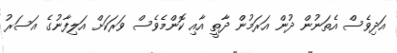
އަދިވެސް އެތަނުން ދުން އަރަމުން ދާތީ އާއި ކޮންމެވެސް ވަރަކަށް އަލިފާނުގެ އަސަރު